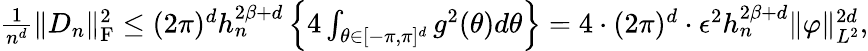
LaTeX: \begin{array}{r}{\frac{1}{n^{d}}\| D_{n}\| _{\mathrm{F}}^{2}\le(2\pi)^{d}h_{n}^{2\beta+d}\left\{ 4\int_{\theta\in[-\pi,\pi]^{d}}g^{2}(\theta)d\theta\right\} =4\cdot(2\pi)^{d}\cdot\epsilon^{2}h_{n}^{2\beta+d}\| \varphi\| _{L^{2}}^{2d},}\end{array}